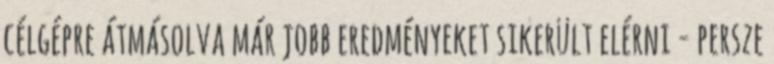
célgépre átmásolva már jobb eredményeket sikerült elérni - persze